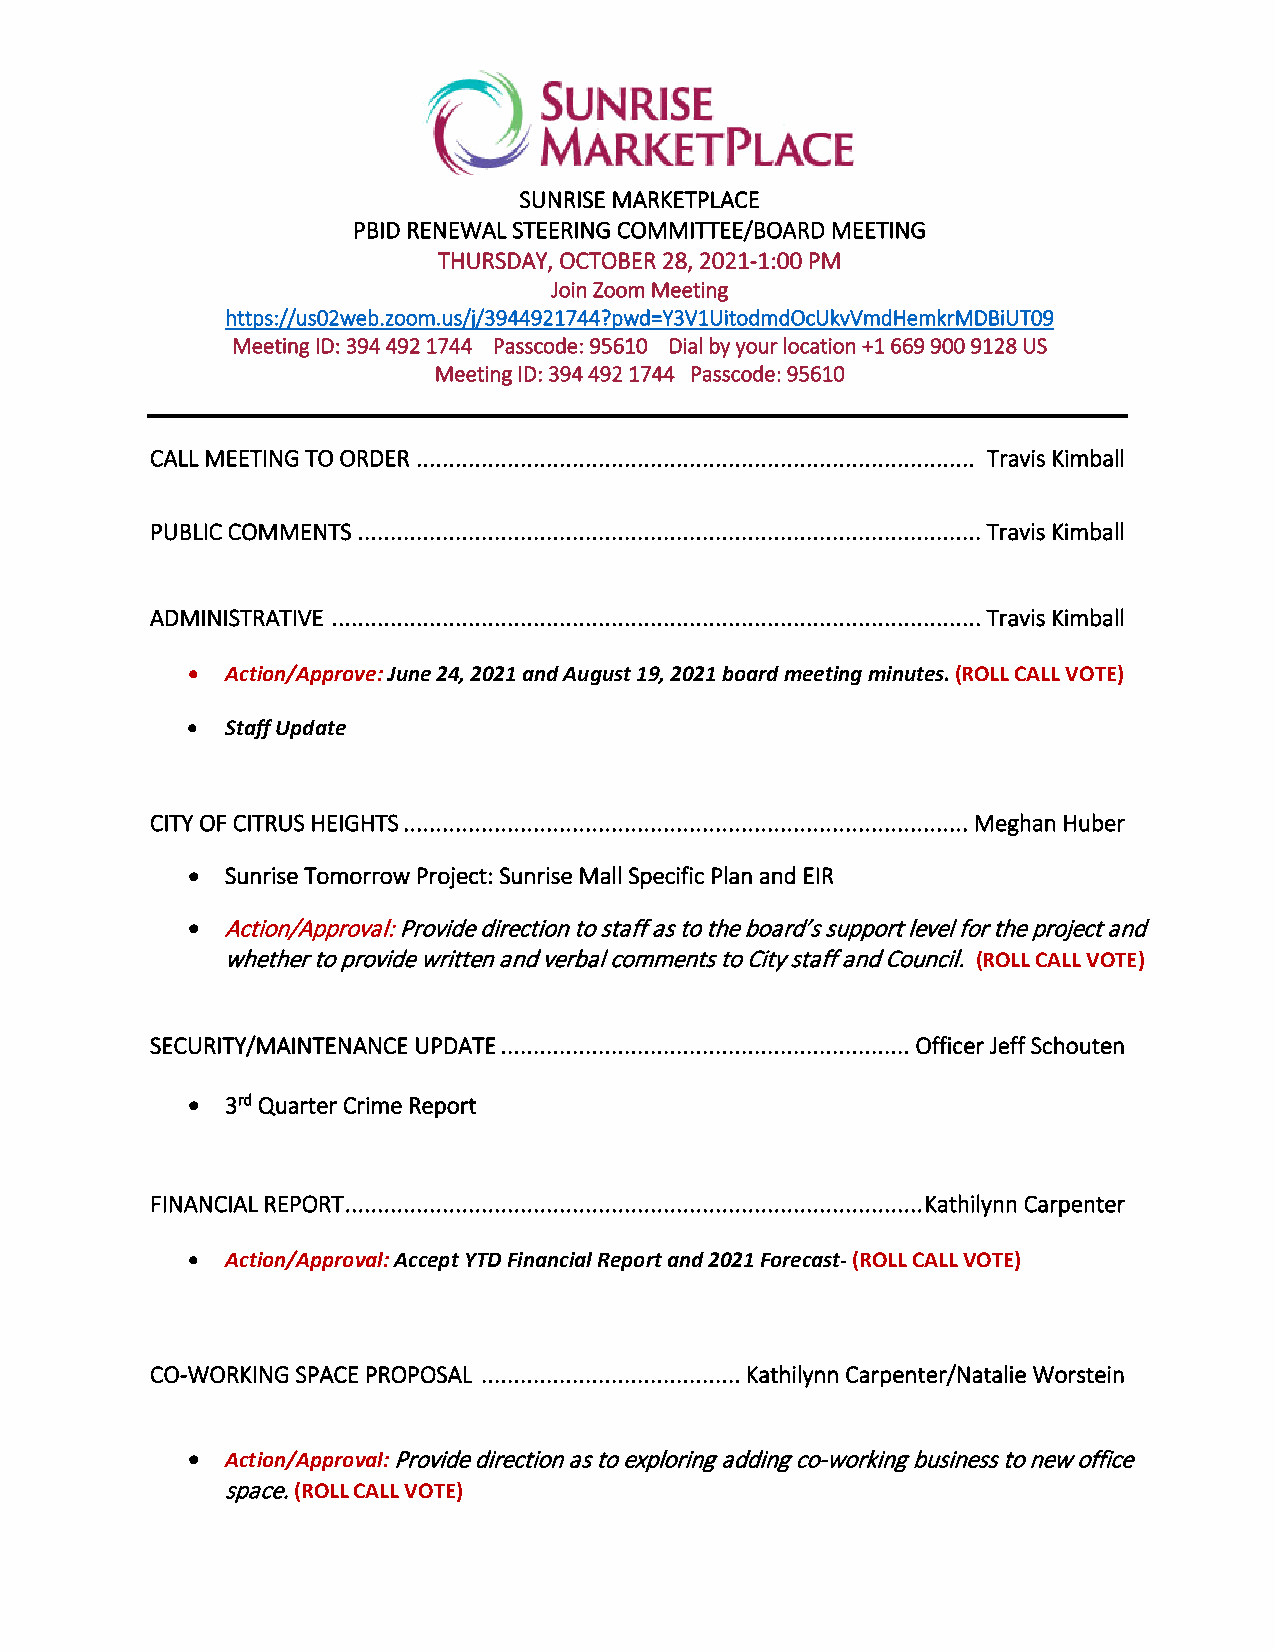
SUNRISE MARKETPLACE
 PBID RENEWAL STEERING COMMITTEE/BOARD MEETING
 THURSDAY, OCTOBER 28, 2021-1:00 PM
 Join Zoom Meeting
 https://us02web.zoom.us/j/3944921744?pwd=Y3V1UitodmdOcUkvVmdHemkrMDBiUT09
 Meeting ID: 394 492 1744 Passcode: 95610 Dial by your location +1 669 900 9128 US
 Meeting ID: 394 492 1744 Passcode: 95610
 CALL MEETING TO ORDER ...................................................................................... Travis Kimball
 PUBLIC COMMENTS ............................................ . ................................................... Travis Kimball
 ADMINISTRATIVE .................................................................................................... Travis Kimball
 •  Action/Approve: June 24, 2021 and August 19, 2021 board meeting minutes. (ROLL CALL VOTE)
 •  Staff Update
 CITY OF CITRUS HEIGHTS ....................................................................................... Meghan Huber
 •  Sunrise Tomorrow Project: Sunrise Mall Specific Plan and EIR
 •  Action/Approval: Provide direction to staff as to the board’s support level for the project and
 whether to provide written and verbal comments to City staff and Council. (ROLL CALL VOTE)
 SECURITY/MAINTENANCE UPDATE ............................................................... Officer Jeff Schouten
 •  3rd Quarter Crime Report
 FINANCIAL REPORT ......................................................................................... Kathilynn Carpenter
 •  Action/Approval: Accept YTD Financial Report and 2021 Forecast- (ROLL CALL VOTE)
 CO-WORKING SPACE PROPOSAL ........................................ Kathilynn Carpenter/Natalie Worstein
 •  Action/Approval: Provide direction as to exploring adding co-working business to new office
 space. (ROLL CALL VOTE)